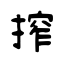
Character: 搾